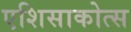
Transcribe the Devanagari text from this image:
एशिसाकोत्स